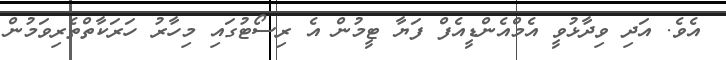
އެވެ. އަދި ވިދާޅުވީ އެމްއެންޑީއެފް ފަޔާ ޓީމުން އެ ރިސޯޓުގައި މިހާރު ހަރަކާތްތެރިވަމުން